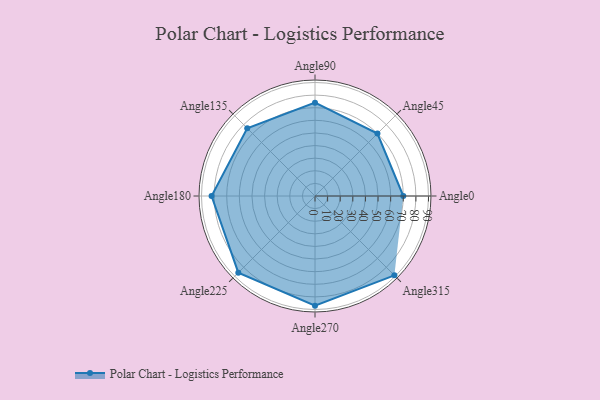
{"axis": {"x": "Angle", "y": "Radius"}, "legend": [""], "data": [{"x": "Angle0", "y": 70.0, "type": ""}, {"x": "Angle45", "y": 70.0, "type": ""}, {"x": "Angle90", "y": 74.0, "type": ""}, {"x": "Angle135", "y": 76.0, "type": ""}, {"x": "Angle180", "y": 82.0, "type": ""}, {"x": "Angle225", "y": 86.0, "type": ""}, {"x": "Angle270", "y": 87.0, "type": ""}, {"x": "Angle315", "y": 89.0, "type": ""}]}